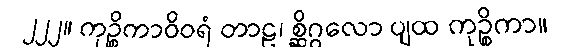
၂၂၂။ ကုဉ္စိကာဝိဝရံ တာဠ၊ စ္ဆိဂ္ဂလော ပျထ ကုဉ္စိကာ။